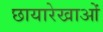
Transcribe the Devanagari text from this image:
छायारेखाओं